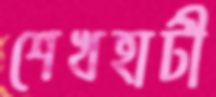
শেখহাটী